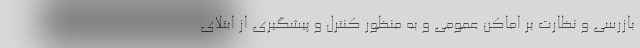
بازرسی و نظارت بر اماکن عمومی و به منظور کنترل و پیشگیری از ابتلای